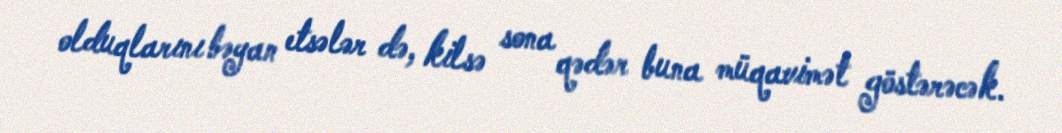
olduqlarını bəyan etsələr də, kilsə sona qədər buna müqavimət göstərəcək.